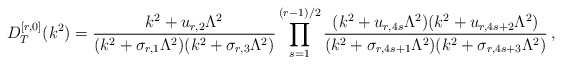
\begin{align*}D^{[r,0]}_{T} (k^{2}) = \frac{k^{2} + u_{r,2} \Lambda^{2}}{(k^{2} + \sigma_{r,1} \Lambda^{2}) (k^{2} + \sigma_{r,3} \Lambda^{2})}\prod \limits^{(r-1)/2}_{s=1}\frac{(k^{2} + u_{r, 4s} \Lambda^{2}) (k^{2} + u_{r, 4s+2} \Lambda^{2})}{(k^{2} + \sigma_{r, 4s+1} \Lambda^{2}) (k^{2} + \sigma_{r, 4s+3}\Lambda^{2})}\, ,\end{align*}